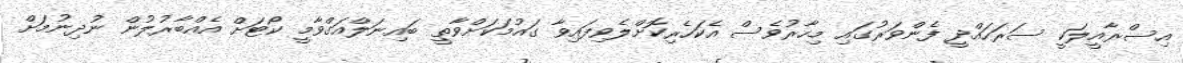
އިސްރާއީލަކީ ސަރަހައްދީ ފެންވަރުގައި މިހާރުވެސް އެކަހެރިކޮށްލެވިފައިވާ ގައުމަކަށްވާތީ ބައިނަލްއަގްވާމީ ކޯޓަށް އެއްބާރުލުން ނުދިނުމަށް